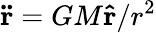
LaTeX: \mathbf{\ddot{r}}=GM\mathbf{\hat{r}}/r^{2}